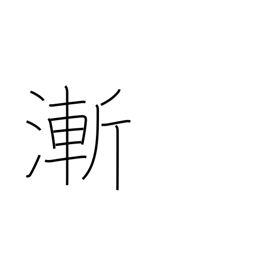
Meaning: barely